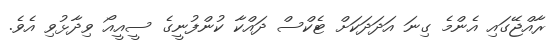
ރާއްޖޭގައި އެންމެ ގިނަ އަދަދަކަށް ޓެކްސް ދައްކާ ކުންފުނީގެ ސީއީއޯ ވިދާޅުވި އެވެ.